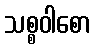
သစ္စဝါစော